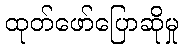
ထုတ်ဖော်ပြောဆိုမှု